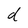
Character: d